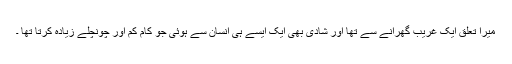
میرا تعلق ایک غریب گھرانے سے تھا اور شادی بھی ایک ایسے ہی انسان سے ہوئی جو کام کم اور چونچلے زیادہ کرتا تھا ۔